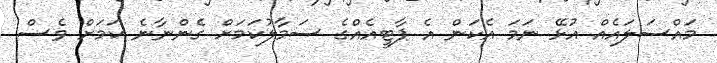
މައްސަލައެއް އުޅޭ ނަމަ އެކަން އެ ޕާޓީއެއްގެ ސަމާލުކަމަށް ގެންނާނެ ކަމަށް ވެސް